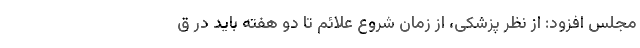
مجلس افزود: از نظر پزشکی، از زمان شروع علائم تا دو هفته باید در ق